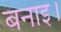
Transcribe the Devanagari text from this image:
बनाइ।